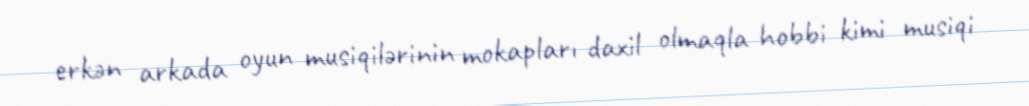
erkən arkada oyun musiqilərinin mokapları daxil olmaqla hobbi kimi musiqi